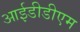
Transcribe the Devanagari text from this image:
आईडीडीएम